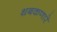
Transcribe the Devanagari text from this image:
थबकणारे